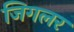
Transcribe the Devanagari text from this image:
जिगलर